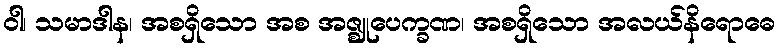
ဝါ၊ သမာဒါန၊ အစရှိသော အစ အဇ္ဈုပေက္ခဏ၊ အစရှိသော အလယ်နိရောဓေ